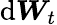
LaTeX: \mathrm{d}{\boldsymbol{W}_{t}}